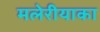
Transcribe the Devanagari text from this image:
मलेरीयाका